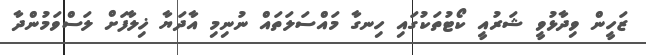
ޒަހީން ވިދާޅުވީ ޝަރުއީ ކޯޓުތަކުގައި ހިނގާ މައްސަލަތައް ނުނިމި އާދަޔާ ޚިލާފަށް ލަސްވަމުންދާ